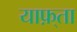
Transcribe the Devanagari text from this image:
याफ़्ता